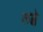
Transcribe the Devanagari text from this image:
लब्बे